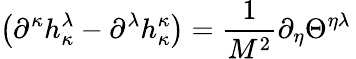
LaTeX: \left(\partial^{\kappa}h_{\kappa}^{\lambda}-\partial^{\lambda}h_{\kappa}^{\kappa}\right)=\frac{1}{M^{2}}\partial_{\eta}\Theta^{\eta\lambda}\,